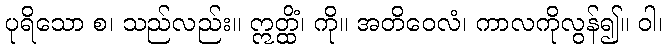
ပုရိသော စ၊ သည်လည်း။ ဣတ္ထိံ၊ ကို။ အတိဝေလံ၊ ကာလကိုလွန်၍။ ဝါ၊